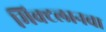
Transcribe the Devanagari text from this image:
मिक्टलानचा